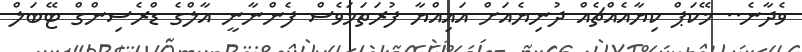
ވެދާނެ.. މޭކަޕް ކިޔާއެއްޗެއް ދުނިޔެއަށް އައިއްޔާ ފުރަތަމަވެސް ފެންނާނީ އާލްގެ ޑްރެސިންގް ޓޭބަލް